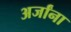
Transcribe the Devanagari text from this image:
अर्जांना